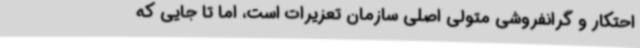
احتکار و گرانفروشی متولی اصلی سازمان تعزیرات است، اما تا جایی که